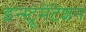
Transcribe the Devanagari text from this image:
इन्स्ट्रूमेंटेशन